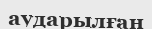
аударылған